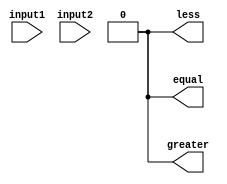
module comparator_64_bit (
    input [63:0] input1,
    input [63:0] input2,
    output equal,
    output greater,
    output less
);

reg [63:0] equal_check;
reg [63:0] greater_check;
reg [63:0] less_check;

assign equal = (&equal_check);
assign greater = (&greater_check);
assign less = (&less_check);

always @* begin
    equal_check = (input1 == input2);
    greater_check = (input1 > input2);
    less_check = (input1 < input2);
end

endmodule